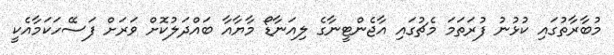
މުބާރާތުގައި ކުޅުނު ފުރަތަމަ މެޗުގައި އާޖެންޓީނާގެ ލިއަނާޑޯ މާޔާއާ ބައްދަލުކޮށް ވަރަށް ފަސޭހަކަމާއެކީ